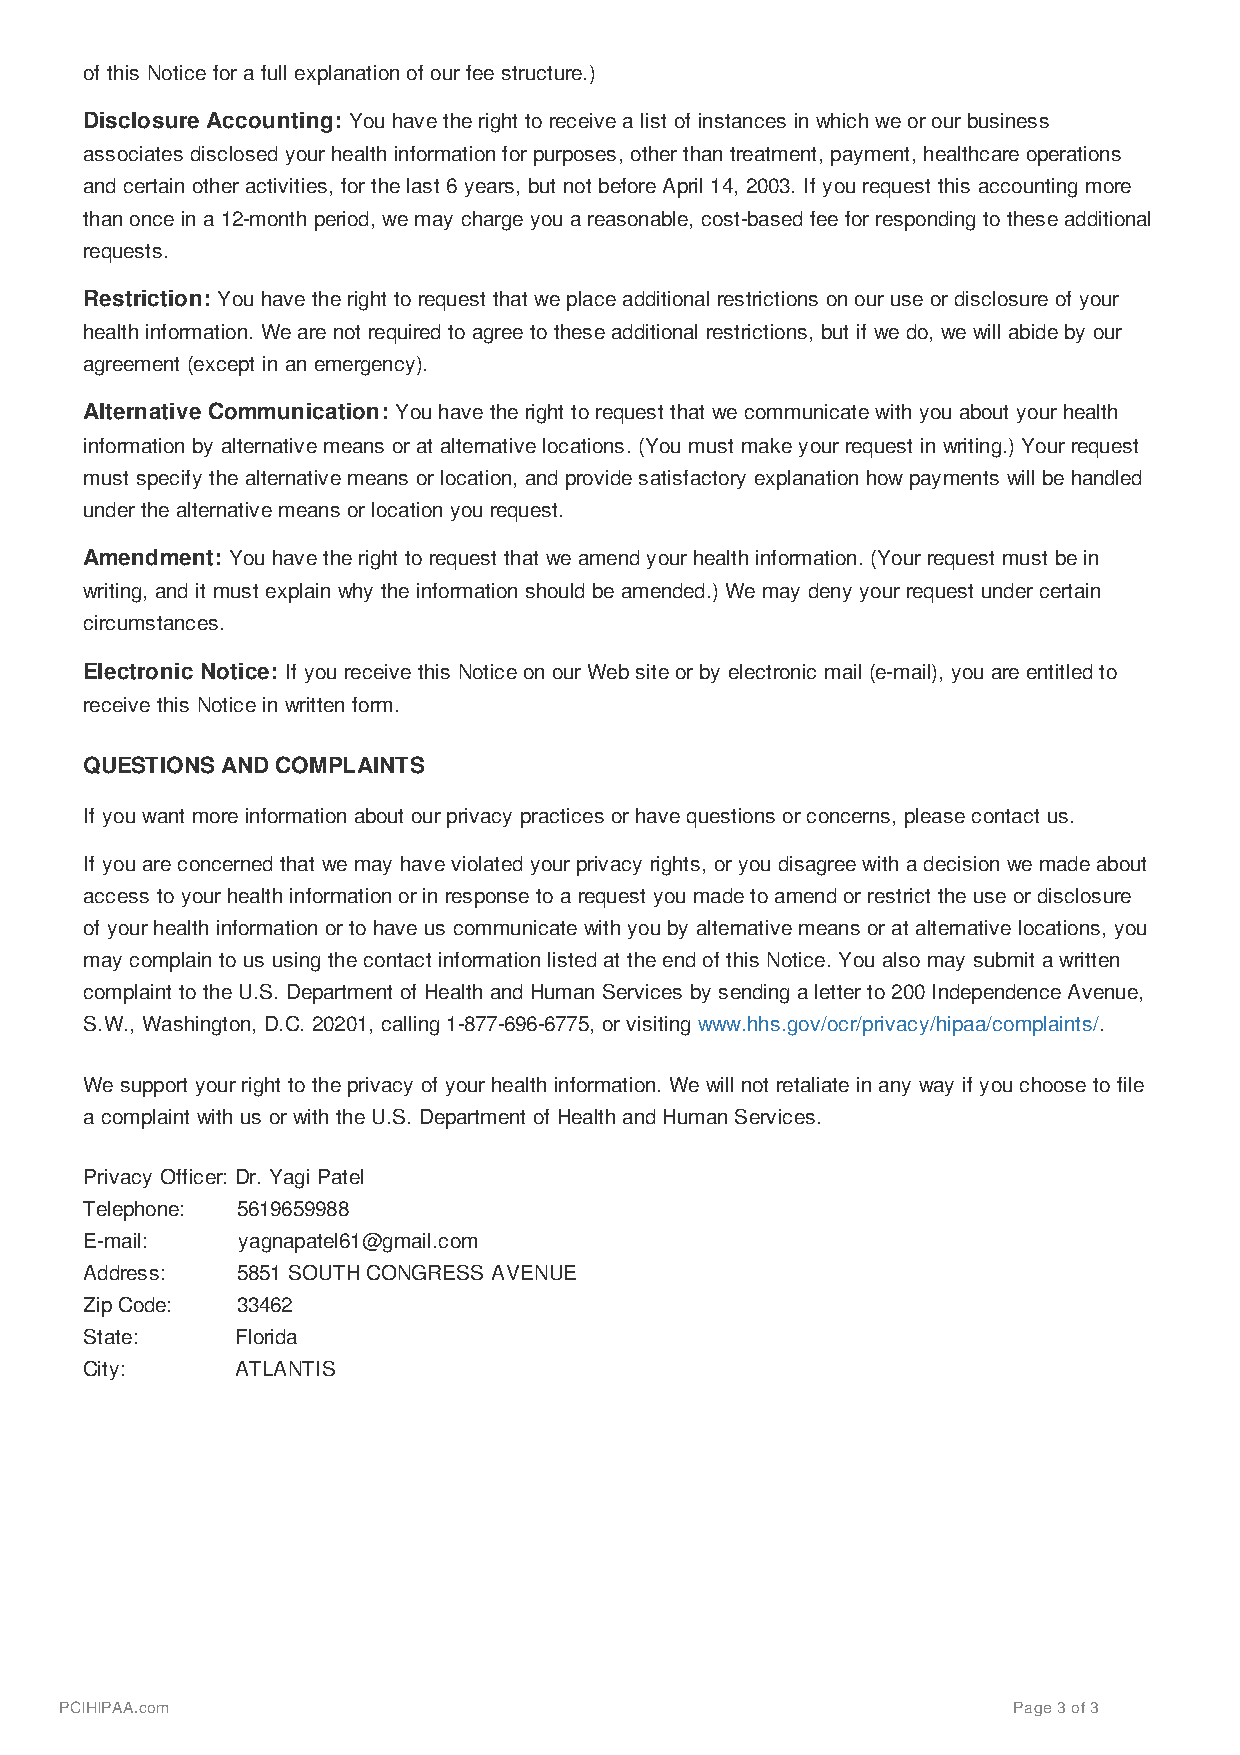
of this Notice for a full explanation of our fee structure.)
 Disclosure Accounting: You have the right to receive a list of instances in which we or our business
 associates disclosed your health information for purposes, other than treatment, payment, healthcare operations
 and certain other activities, for the last 6 years, but not before April 14, 2003. If you request this accounting more
 than once in a 12-month period, we may charge you a reasonable, cost-based fee for responding to these additional
 requests.
 Restriction: You have the right to request that we place additional restrictions on our use or disclosure of your
 health information. We are not required to agree to these additional restrictions, but if we do, we will abide by our
 agreement (except in an emergency).
 Alternative Communication: You have the right to request that we communicate with you about your health
 information by alternative means or at alternative locations. (You must make your request in writing.) Your request
 must specify the alternative means or location, and provide satisfactory explanation how payments will be handled
 under the alternative means or location you request.
 Amendment: You have the right to request that we amend your health information. (Your request must be in
 writing, and it must explain why the information should be amended.) We may deny your request under certain
 circumstances.
 Electronic Notice: If you receive this Notice on our Web site or by electronic mail (e-mail), you are entitled to
 receive this Notice in written form.
 QUESTIONS AND COMPLAINTS
 If you want more information about our privacy practices or have questions or concerns, please contact us.
 If you are concerned that we may have violated your privacy rights, or you disagree with a decision we made about
 access to your health information or in response to a request you made to amend or restrict the use or disclosure
 of your health information or to have us communicate with you by alternative means or at alternative locations, you
 may complain to us using the contact information listed at the end of this Notice. You also may submit a written
 complaint to the U.S. Department of Health and Human Services by sending a letter to 200 Independence Avenue,
 S.W., Washington, D.C. 20201, calling 1-877-696-6775, or visiting www.hhs.gov/ocr/privacy/hipaa/complaints/.
 We support your right to the privacy of your health information. We will not retaliate in any way if you choose to file
 a complaint with us or with the U.S. Department of Health and Human Services.
 Privacy Officer: Dr. Yagi Patel
 Telephone: 5619659988
 E-mail:    yagnapatel61@gmail.com
 Address:   5851 SOUTH CONGRESS AVENUE
 Zip Code:  33462
 State:     Florida
 City:      ATLANTIS
 PCIHIPAA.com                                                   Page 3 of 3